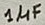
Text: 1µF